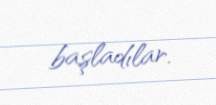
başladılar.